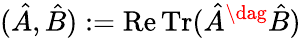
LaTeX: (\hat{A},\hat{B}):=\operatorname{Re}\operatorname{Tr}(\hat{A}^{\dag}\hat{B})